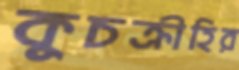
কুচক্রীহির